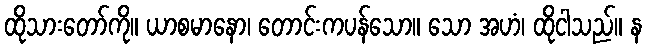
ထိုသားတော်ကို။ ယာစမာနော၊ တောင်းကပန်သော။ သော အဟံ၊ ထိုငါသည်။ န